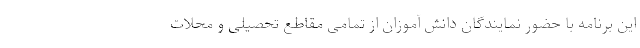
این برنامه با حضور نمایندگان دانش آموزان از تمامی مقاطع تحصیلی و محلات